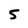
Character: 5